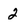
Character: 2